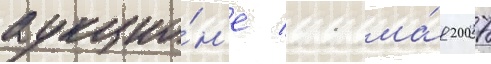
аукцио́н'е 11 ма́я 2007